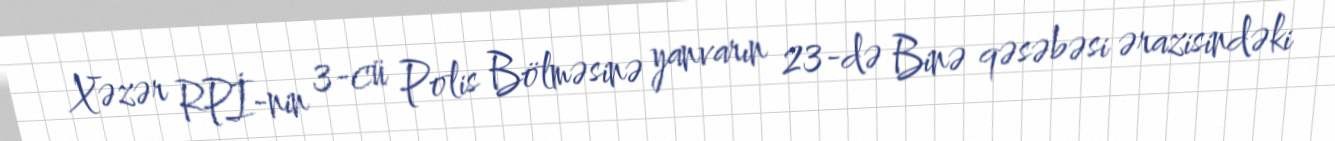
Xəzər RPİ-nin 3-cü Polis Bölməsinə yanvarın 23-də Binə qəsəbəsi ərazisindəki